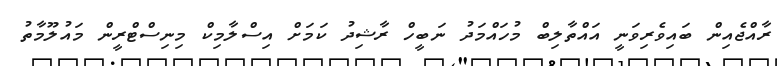
ރާއްޖެއިން ބައިވެރިވަނީ އައްތާލިބް މުހައްމަދު ނަބީހް ރާޝިދު ކަމަށް އިސްލާމިކް މިނިސްޓްރީން މައުލޫމާތު